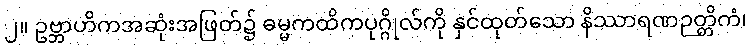
၂။ ဥဗ္ဘာဟိကအဆုံးအဖြတ်၌ ဓမ္မကထိကပုဂ္ဂိုလ်ကို နှင်ထုတ်သော နိဿာရဏဉတ္တိကံ၊